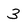
Character: 3